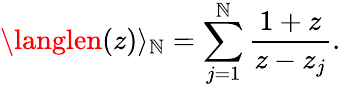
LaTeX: \langlen(z)\rangle_{\mathbb{N}}=\sum_{j=1}^{\mathbb{N}}\frac{{1+z}}{{z-z_{j}}}.